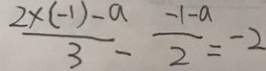
\frac { 2 \times ( - 1 ) - a } { 3 } - \frac { - 1 - a } { 2 } = - 2